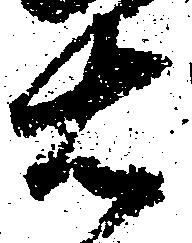
右